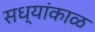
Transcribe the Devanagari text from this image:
सध्यांकाळ